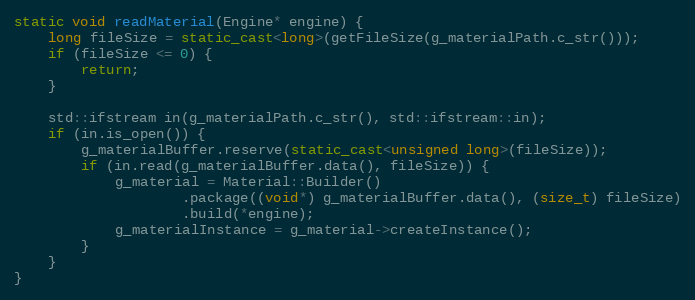
Language: C++
static void readMaterial(Engine* engine) {
    long fileSize = static_cast<long>(getFileSize(g_materialPath.c_str()));
    if (fileSize <= 0) {
        return;
    }

    std::ifstream in(g_materialPath.c_str(), std::ifstream::in);
    if (in.is_open()) {
        g_materialBuffer.reserve(static_cast<unsigned long>(fileSize));
        if (in.read(g_materialBuffer.data(), fileSize)) {
            g_material = Material::Builder()
                    .package((void*) g_materialBuffer.data(), (size_t) fileSize)
                    .build(*engine);
            g_materialInstance = g_material->createInstance();
        }
    }
}